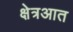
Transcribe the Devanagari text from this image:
क्षेत्रआत